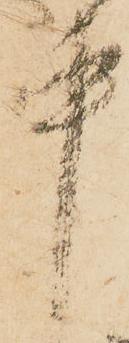
中